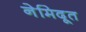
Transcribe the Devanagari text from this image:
नेमिदूत